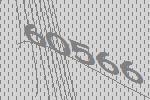
60566